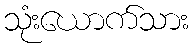
သုံးယောက်သား